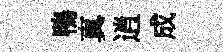
鴨真逍成